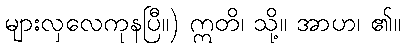
များလှလေကုနပြီ။) ဣတိ၊ သို့။ အာဟ၊ ၏။